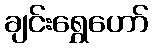
ချင်းရွှေဟော်